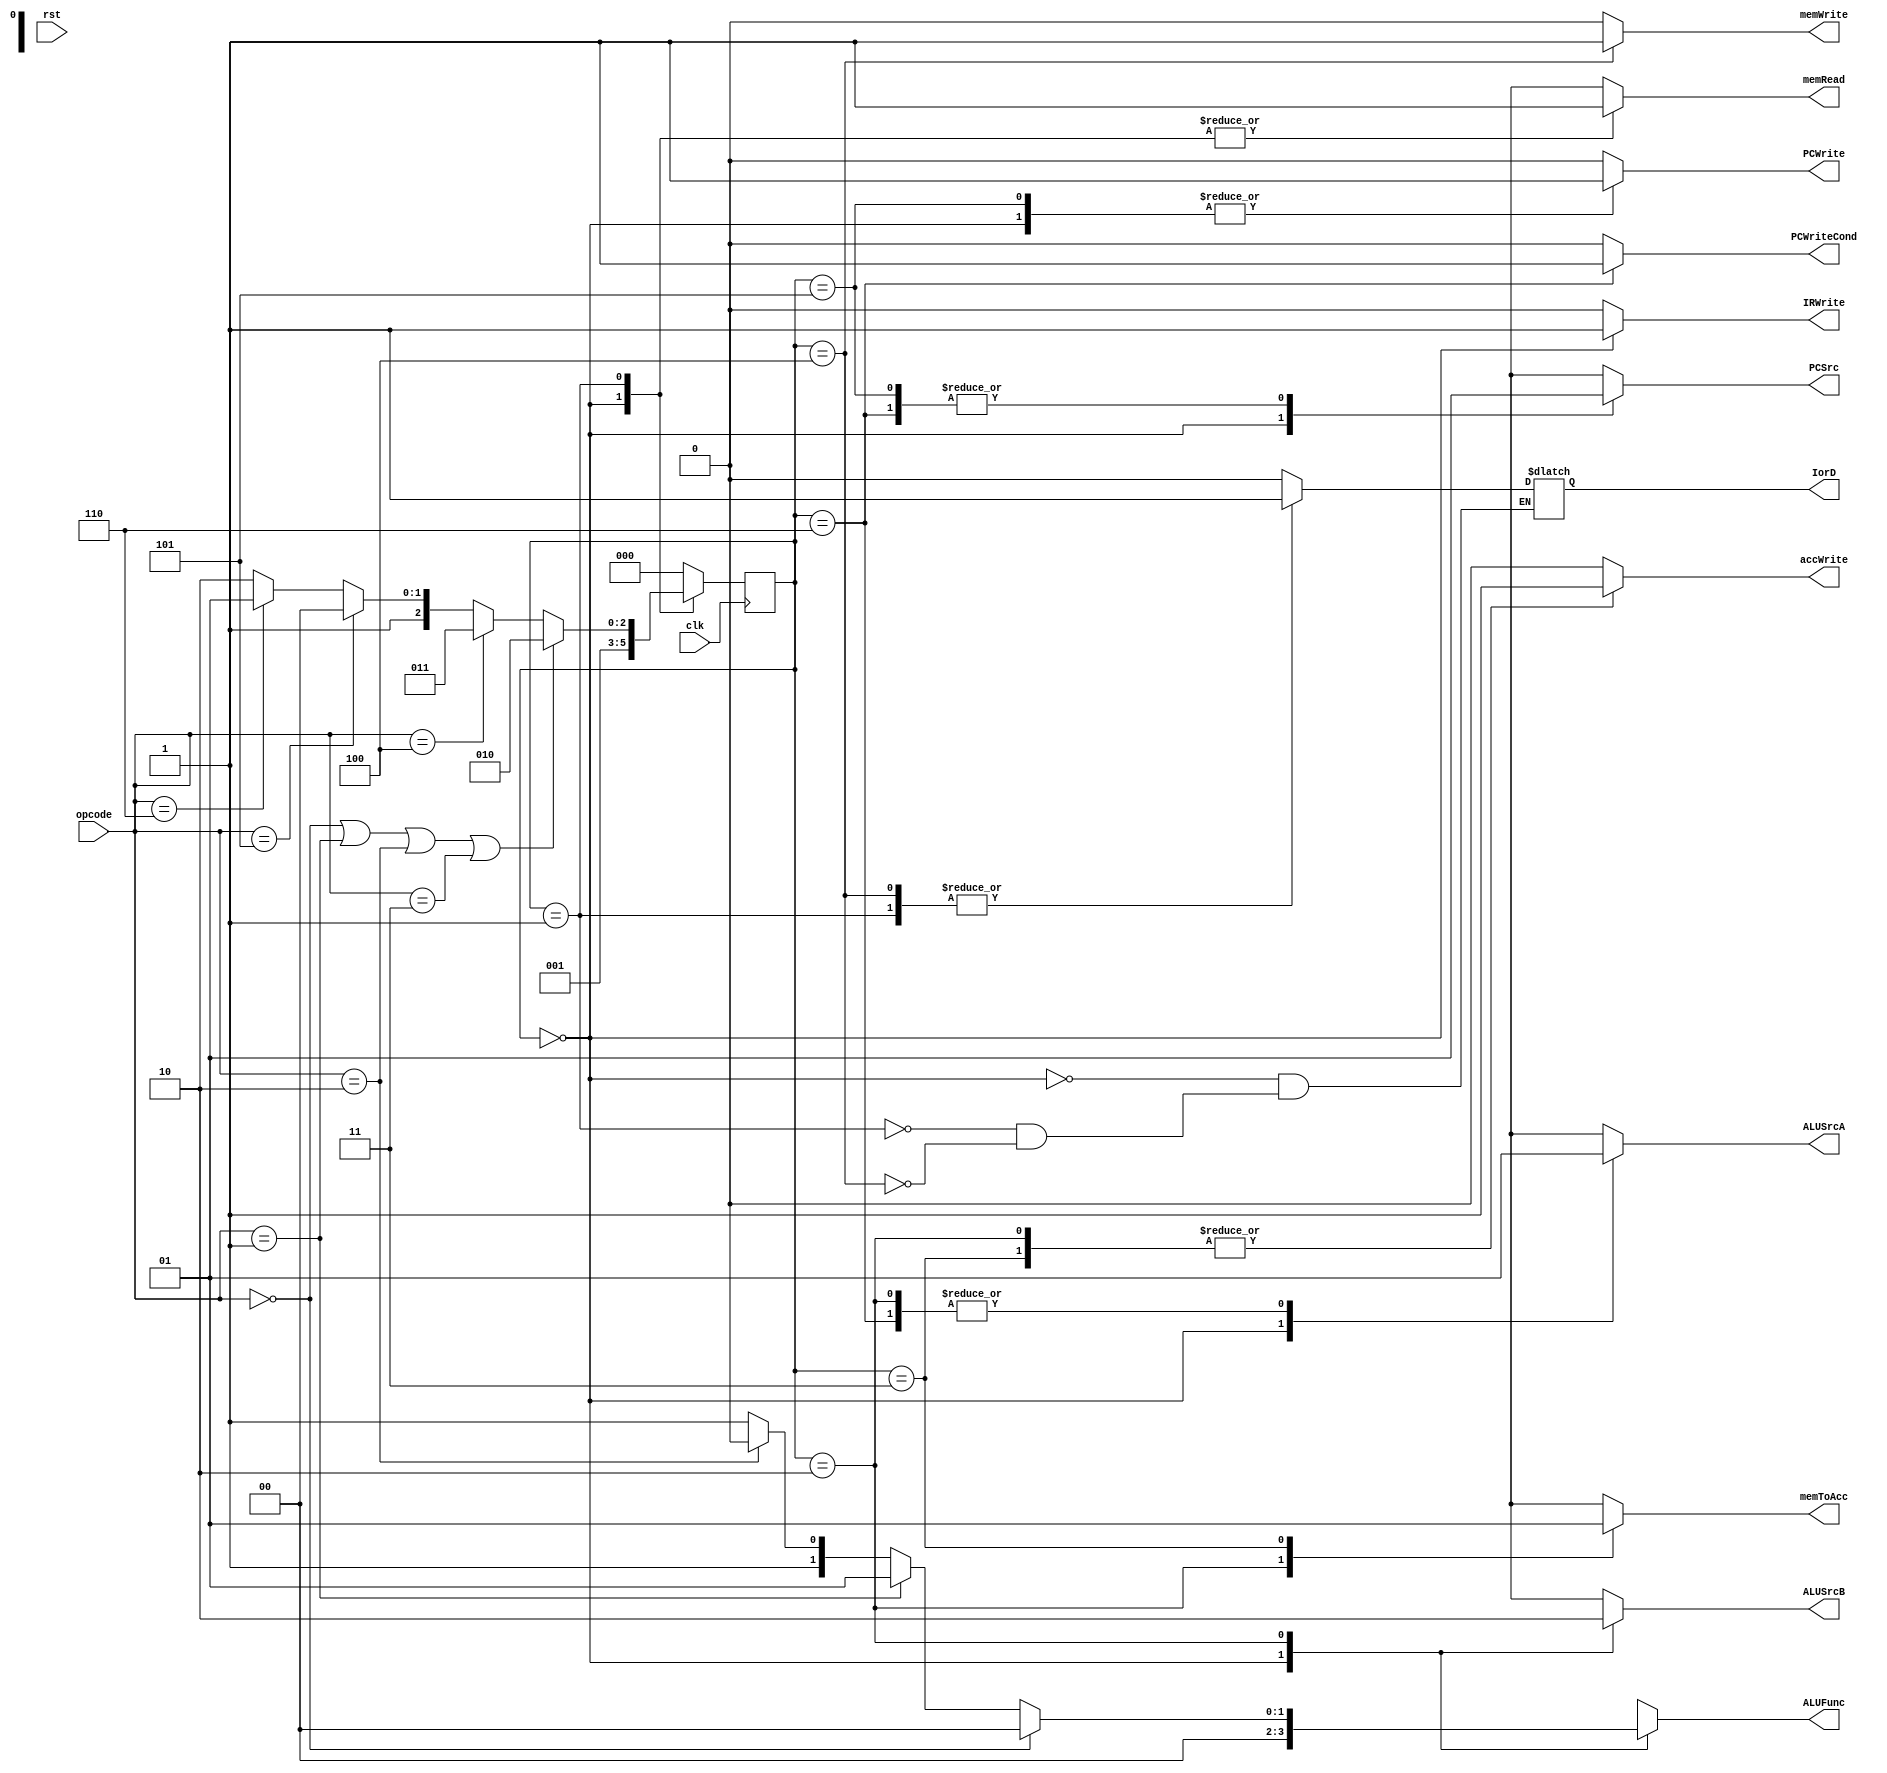

// Opcodes
`define OPCODE_ADD	3'b000
`define OPCODE_SUB	3'b001
`define OPCODE_AND	3'b010
`define OPCODE_NOT	3'b011

`define OPCODE_LDA	3'b100
`define OPCODE_STA	3'b101

`define OPCODE_JMP	3'b110
`define OPCODE_JZ	3'b111

// Functions
`define FUNC_ADD	2'b00
`define FUNC_SUB	2'b01
`define FUNC_AND	2'b10
`define FUNC_NOT	2'b11


module controller (clk, rst, opcode, PCWriteCond, PCWrite, IorD, memRead, memWrite, IRWrite, memToAcc, accWrite, ALUSrcA, ALUSrcB, PCSrc, ALUFunc);
  input wire clk, rst;
  input wire[2:0] opcode;
  output reg PCWriteCond, PCWrite, IorD, memRead, memWrite, IRWrite, memToAcc, accWrite, ALUSrcA, ALUSrcB, PCSrc;
  output reg[1:0] ALUFunc;

  reg[2:0] ns;
  reg[2:0] ps;
  parameter[2:0] IF = 0, ID = 1, R_TYPE = 2, LDA = 3, STA = 4, JMP = 5, JZ = 6;

  always @(ps, opcode) begin
    ns = IF;
    case (ps)
      IF: ns = ID;
      ID: begin 
        ns = (opcode == `OPCODE_ADD || opcode == `OPCODE_SUB || opcode == `OPCODE_AND || opcode == `OPCODE_NOT) ? R_TYPE :
          (opcode == `OPCODE_LDA) ? LDA : (opcode == `OPCODE_STA) ? STA : (opcode == `OPCODE_JMP) ? JMP : JZ;
      end
      R_TYPE: ns = IF;
      LDA: ns = IF;
      STA: ns = IF;
      JMP: ns = IF;
      JZ: ns = IF;
    endcase
  end

  always @(ps) begin
    {PCWriteCond, PCWrite, memWrite, IRWrite, accWrite} = 5'b00000;
    {memRead, memToAcc, ALUSrcA, ALUSrcB, PCSrc, ALUFunc} = 7'bxxxxxxx;
    case (ps)
      IF: begin
        IorD = 1'b0;
        memRead = 1'b1;
        IRWrite = 1'b1;
        ALUSrcA = 1'b0;
        ALUSrcB = 1'b1;
        PCSrc = 1'b0;
        PCWrite = 1'b1;
        ALUFunc = 2'b00;
      end
      ID: begin
        IorD = 1'b1;
        memRead = 1'b1;
      end
      R_TYPE: begin
        ALUSrcA = 1'b1;
        ALUSrcB = 1'b0;
        accWrite = 1'b1;
        memToAcc = 1'b0;
        ALUFunc = (opcode == `OPCODE_ADD) ? 2'b00 : (opcode == `OPCODE_SUB) ? 2'b01 : (opcode == `OPCODE_AND) ? 2'b10 : 2'b11;
      end
      LDA: begin
        accWrite = 1'b1;
        memToAcc = 1'b1;
      end
      STA: begin
        IorD = 1'b1;
        memWrite = 1'b1;
      end
      JMP: begin
        PCSrc = 1'b1;
        PCWrite = 1'b1;
      end
      JZ: begin
        PCSrc = 1'b1;
        PCWriteCond = 1'b1;
        ALUSrcA = 1'b1;
      end
    endcase
  end

  always @(posedge clk) begin
    ps = ns;
  end

endmodule